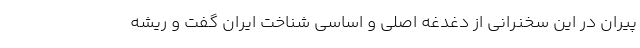
پیران در این سخنرانی از دغدغه اصلی و اساسی شناخت ایران گفت و ریشه